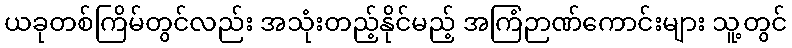
ယခုတစ်ကြိမ်တွင်လည်း အသုံးတည့်နိုင်မည့် အကြံဉာဏ်ကောင်းများ သူ့တွင်